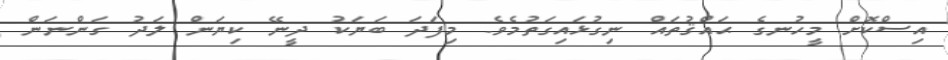
އިސްކޮށް މީހުނގެ ޙައްޤުތައް ނިގުޅައިގަތުމެވެ. މިފަދަ ބަޔަކު ދީނޭ ކިޔަން ލަދު ގަންނަން